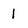
Character: 1